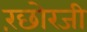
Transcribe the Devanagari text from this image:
रंछोरजी